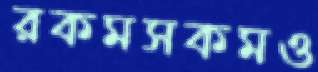
রকমসকমও